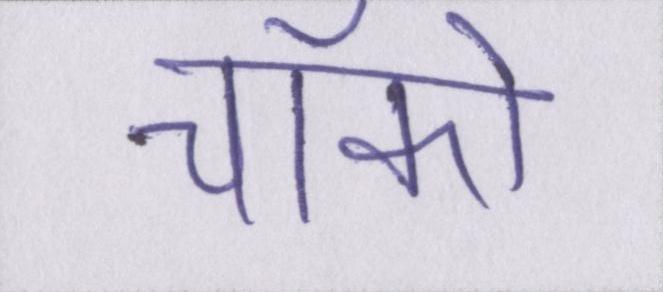
चॉको